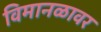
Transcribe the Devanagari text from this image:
विमानळावर